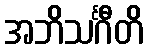
အဘိသင်္ဂီတိ